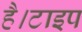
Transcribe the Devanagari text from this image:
है।टाइप